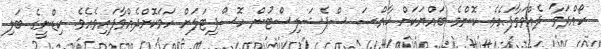
ހޯއްދަވާ ދެއްވަވާފައެވެ. ކޮންމެ ބައްޔަކަށް ޚާއްޞަ ސްޕެޝަލިސްޓުން ހޮސްޕިޓަލަށް ހަމަކޮށްދެއްވާފައިވެއެވެ. ކިޑްނީގެ ބަލި